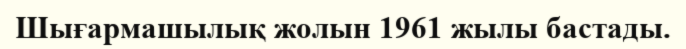
Шығармашылық жолын 1961 жылы бастады.